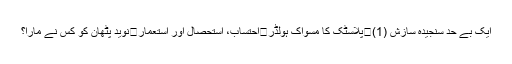
ایک بے حد سنجیدہ سازش (1)	پلاسٹک کا مسواک ہولڈر	احتساب، استحصال اور استعمار	نوید پٹھان کو کس نے مارا؟